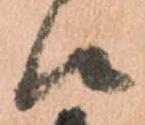
候